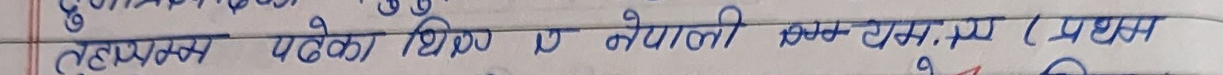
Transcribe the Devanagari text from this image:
तुलनात्मक रहेको थियो र नेपाली कि.व्य.एम (प्रथम